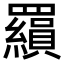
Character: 𮊟